Annual administration report of the Civil Veterinary Department of India - 1905-1906
Year: 1905
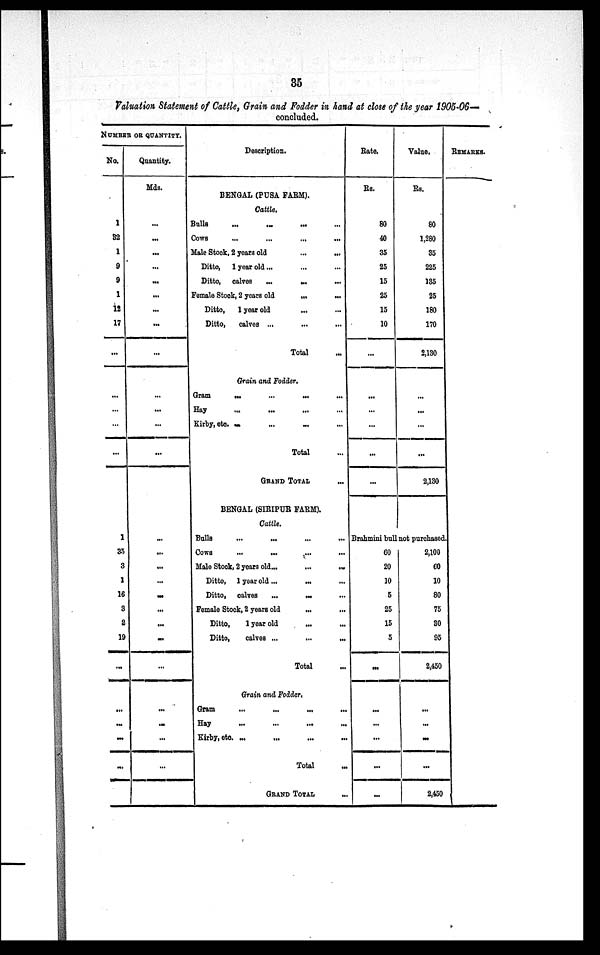
35
Valuation Statement of Cattle, Grain and Fodder in hand at close of the year 1905-06—
concluded.
NUMBER OR QUANTITY.
No.
1
32
1
9
9
1
12
17
...
...
...
...
...
1
35
3
1
16
3
2
19
...
...
...
...
...
Quantity.
Mds.
...
...
...
...
...
...
...
...
...
...
...
...
...
...
...
...
...
...
...
...
...
...
...
...
...
...
Description.
BENGAL (PUSA FARM).
Cattle.
Balls
...
...
...
Cows
...
...
...
...
Male Stock, 2 years old ... ...
Ditto, 1 year old... ... ...
Ditto, calves
... ... ...
Female Stock, 2 years old
...
...
Ditto,
1 year old ... ...
Ditto,
calves ...
... ...
Total ...
Grain and Fodder.
Gram
...
...
...
...
Hay ... ... ... ...
Kirby, etc. ... ... ... ...
Total ...
GRAND TOTAL ...
BENGAL (SIRIPUR FARM).
Cattle.
Bulls ... ... ... ...
Cows
...
... ... ...
Male Stook, 2 years old...
...
...
Ditto, 1 year old ...
... ...
Ditto, calves
... ... ...
Female Stock, 2 years old
... ...
Ditto,
1 year old
... ...
Ditto,
calves ...
...
...
Total ...
Grain and Fodder.
Gram ... ... ... ...
Hay ... ... ... ...
Kirby, etc
...
... ... ...
Total ...
GRAND TOTAL ...
Rate.
Rs.
80
40
35
25
15
25
15
10
...
...
...
...
...
...
Value.
Rs.
80
1,280
35
225
135
25
180
170
2,130
...
...
...
...
2,130
Brahmini bull not purchased
60
20
10
5
25
15
5
...
...
...
...
...
...
2,100
60
10
80
75
30
95
2,450
...
...
...
...
2,450
REMARKS.